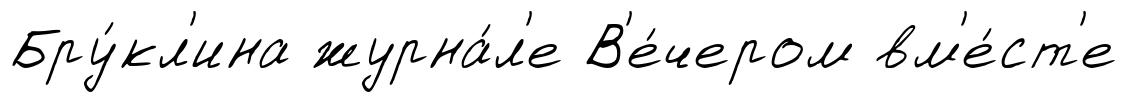
Бру́кл'ина журна́л'е В'е́чером вм'е́ст'е